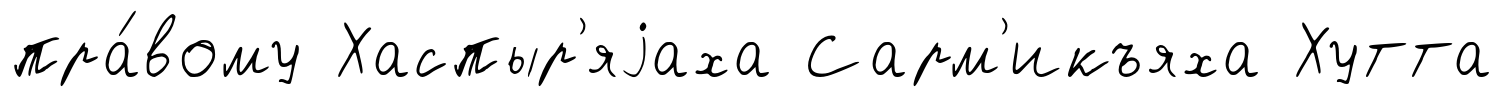
пра́вому Хаспыр'яjаха Сарм'икъяха Хутта